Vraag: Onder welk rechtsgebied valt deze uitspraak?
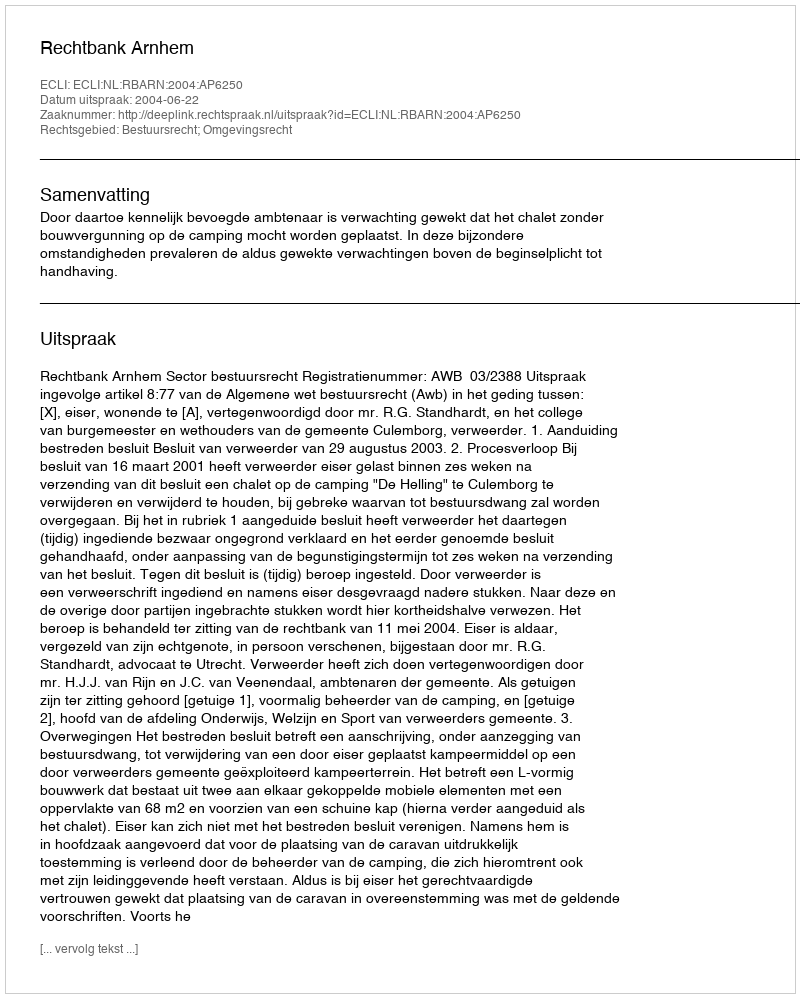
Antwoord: Bestuursrecht; Omgevingsrecht